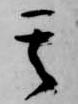
其